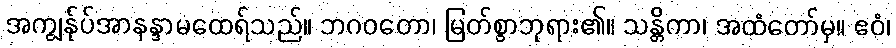
အကျွန်ုပ်အာနန္ဒာမထေရ်သည်။ ဘဂဝတော၊ မြတ်စွာဘုရား၏။ သန္တိကာ၊ အထံတော်မှ။ ဧဝံ၊